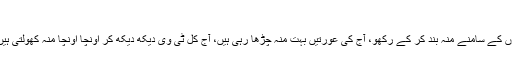
فوٹو: ٹویٹر
شو کے دوران مسز خان نے طیش میں آکر لڑکیوں کو یہ نصیحت بھی کر ڈالی کہ ’شوہروں کے سامنے منہ بند کر کے رکھو، آج کی عورتیں بہت منہ چڑھا رہی ہیں، آج کل ٹی وی دیکھ دیکھ کر اونچا اونچا منہ کھولتی ہیں، آج کی عورت سختی برداشت نہیں کرتی، اگر سختی کی جاتی ہے تو وہ بھاگ جاتی ہے۔